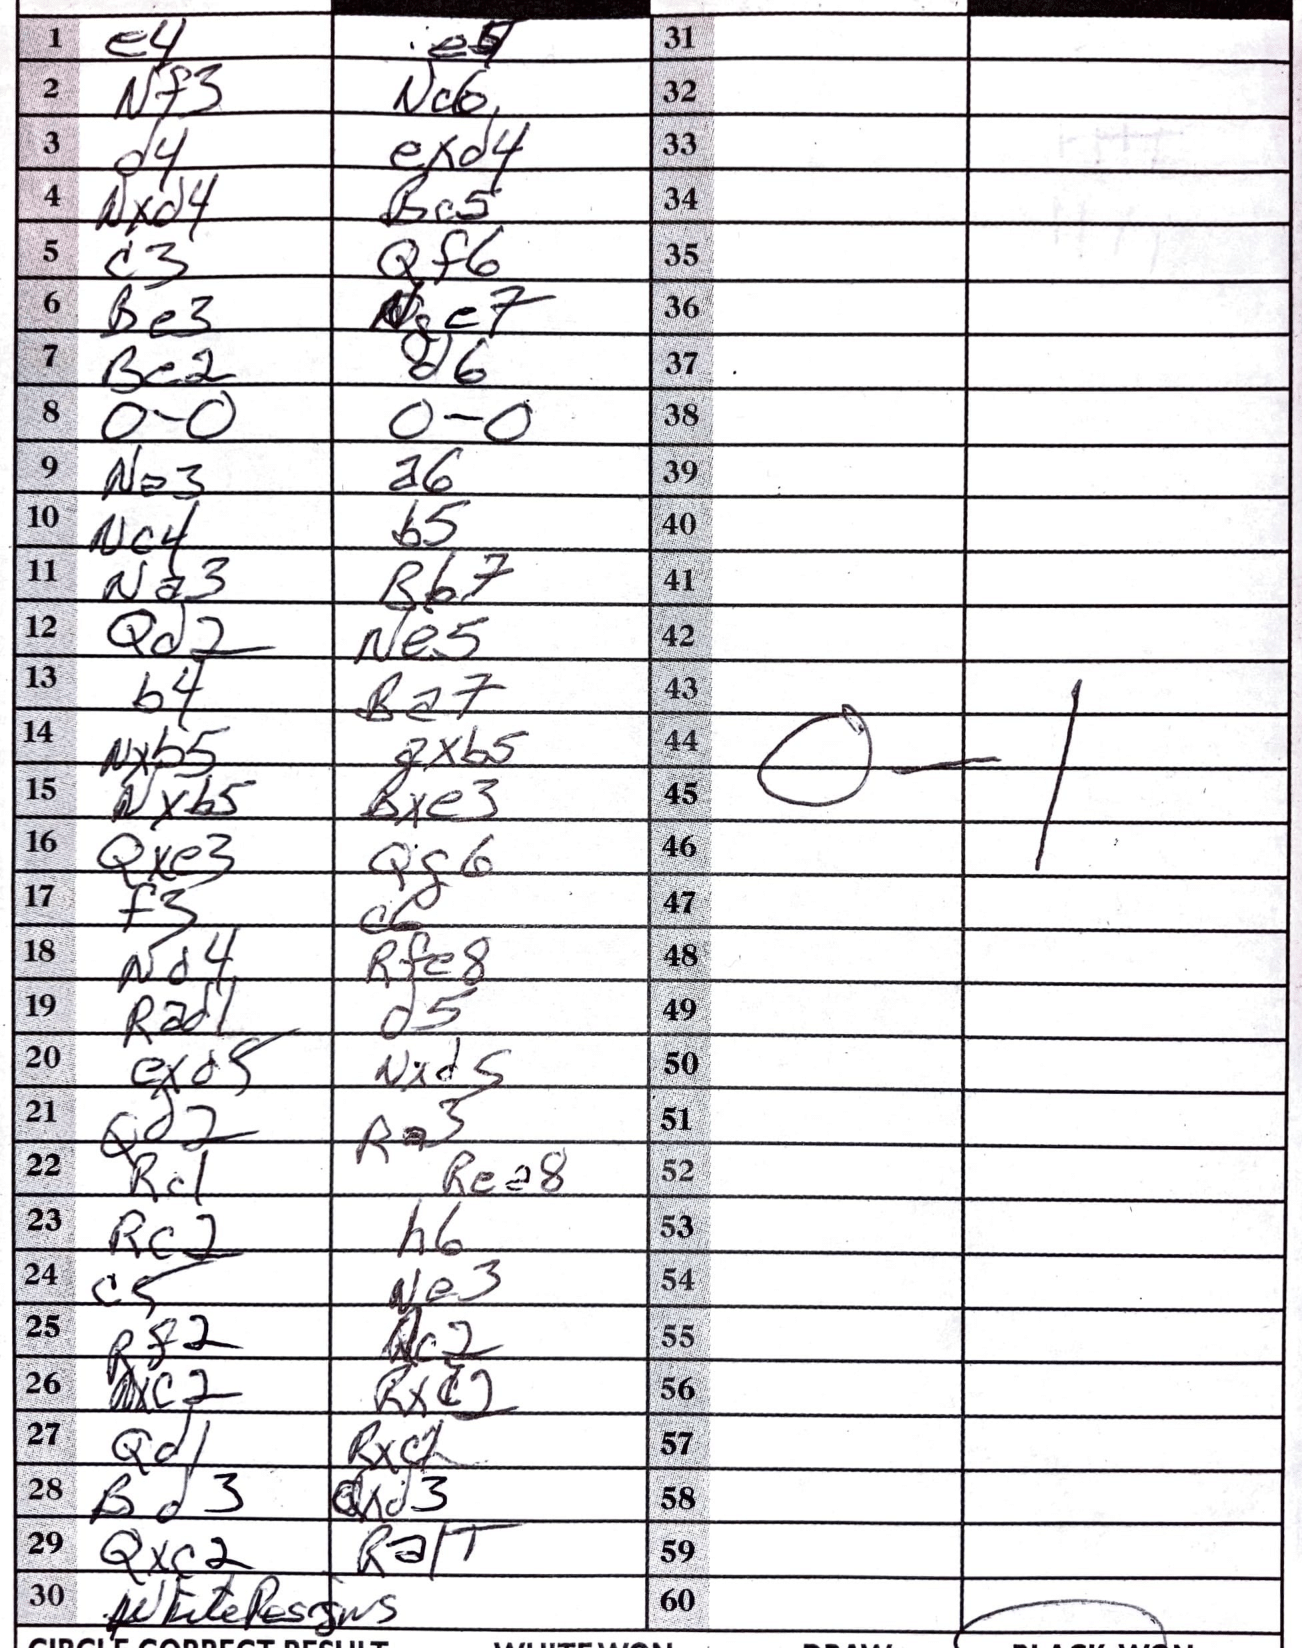
Moves: e4 e5 Nf3 Nc6 d4 exd4 Nxd4 Bc5 c3 Qf6 Be3 Nge7 Be2 d6 O-O O-O Ne3 a6 Nc4 b5 Na3 Bb7 Qd2 Ne5 b4 Ba7 Nxb5 Bxe3 Nxb5 Bxe3 Qxe3 Qg6 f3 c6 Nd4 Rfe8 Rad1 d5 exd5 Nxd5 Qd2 Ra3 Rc1 Rea8 Rc2 h6 c5 Ne3 Rf2 Rc2 Nxc2 Rxc2 Qd1 Rxc1 Bd3 Qxd3 Qxc2 Ra1+